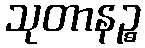
သုတာနဉ္စ